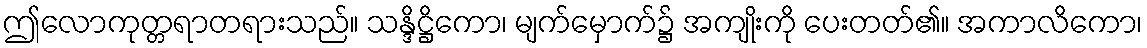
ဤလောကုတ္တရာတရားသည်။ သန္ဒိဋ္ဌိကော၊ မျက်မှောက်၌ အကျိုးကို ပေးတတ်၏။ အကာလိကော၊